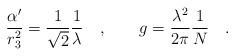
LaTeX: \begin{align*}{\frac{\alpha^\prime}{r_3^2}} ={\frac{1}{\sqrt{2}}}{\frac{1}{\lambda}}\quad ,\qquad g = {\frac{\lambda^2}{2\pi}} {\frac{1}{N}} \quad .\end{align*}